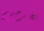
نخرجهم